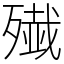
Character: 𫞔